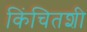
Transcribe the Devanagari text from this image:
किंचितशी